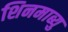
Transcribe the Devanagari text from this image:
शिनमाब्यु